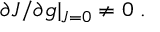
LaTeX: \partial J / \partial g | _ { J = 0 } \neq 0 \; .